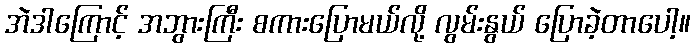
အဲဒါကြောင့် အဘွားကြီး စကားပြောမယ်လို့ လွမ်းနွယ် ပြောခဲ့တာပေါ့။